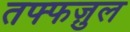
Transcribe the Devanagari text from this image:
तफ्फज़ुल